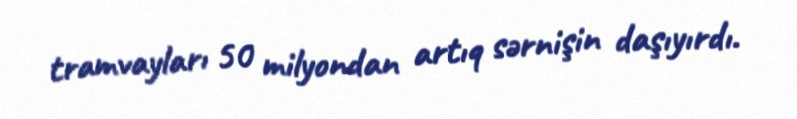
tramvayları 50 milyondan artıq sərnişin daşıyırdı.